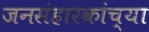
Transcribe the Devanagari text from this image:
जनसंहारकांच्या